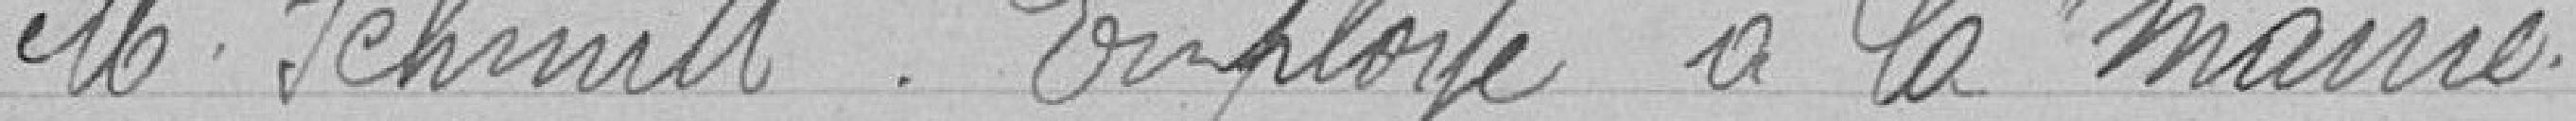
Monsieur SCHMITT  - Employé à la Mairie